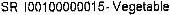
SR I00100000015- VEGETABLE